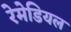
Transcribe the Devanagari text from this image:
रेमेडियल